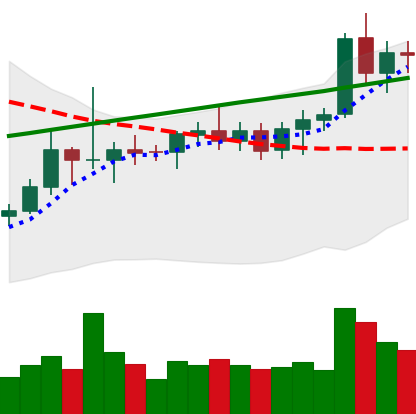
Ticker: ETC-USD
Chart end date: 2021-08-10
Forward return: 27.223%
Label: up_7plus